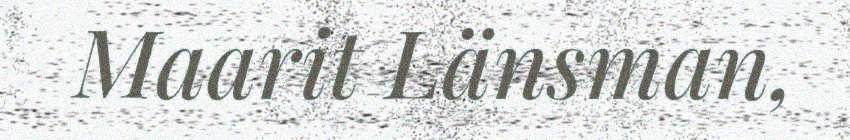
Maarit Länsman,